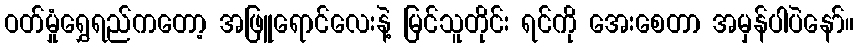
ဝတ်မှုံရွှေရည်ကတော့ အဖြူရောင်လေးနဲ့ မြင်သူတိုင်း ရင်ကို အေးစေတာ အမှန်ပါပဲနော်။